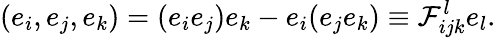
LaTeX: (e_{i},e_{j},e_{k})=(e_{i}e_{j})e_{k}-e_{i}(e_{j}e_{k})\equiv{\cal F}_{ijk}^{l}e_{l}.